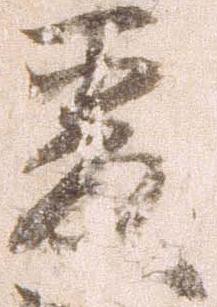
爰